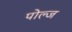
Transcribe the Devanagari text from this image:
पोल्ज